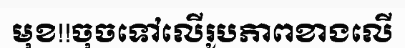
មុខ!!ចុចទៅលើរូបភាពខាងលើ